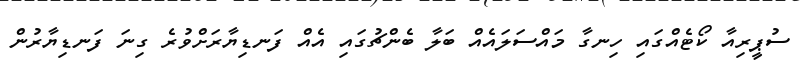
ސުޕީރިއާ ކޯޓެއްގައި ހިނގާ މައްސަލައެއް ބަލާ ބެންޗުގައި އެއް ފަނޑިޔާރަށްވުރެ ގިނަ ފަނޑިޔާރުން